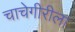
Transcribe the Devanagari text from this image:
चाचेगीरीला